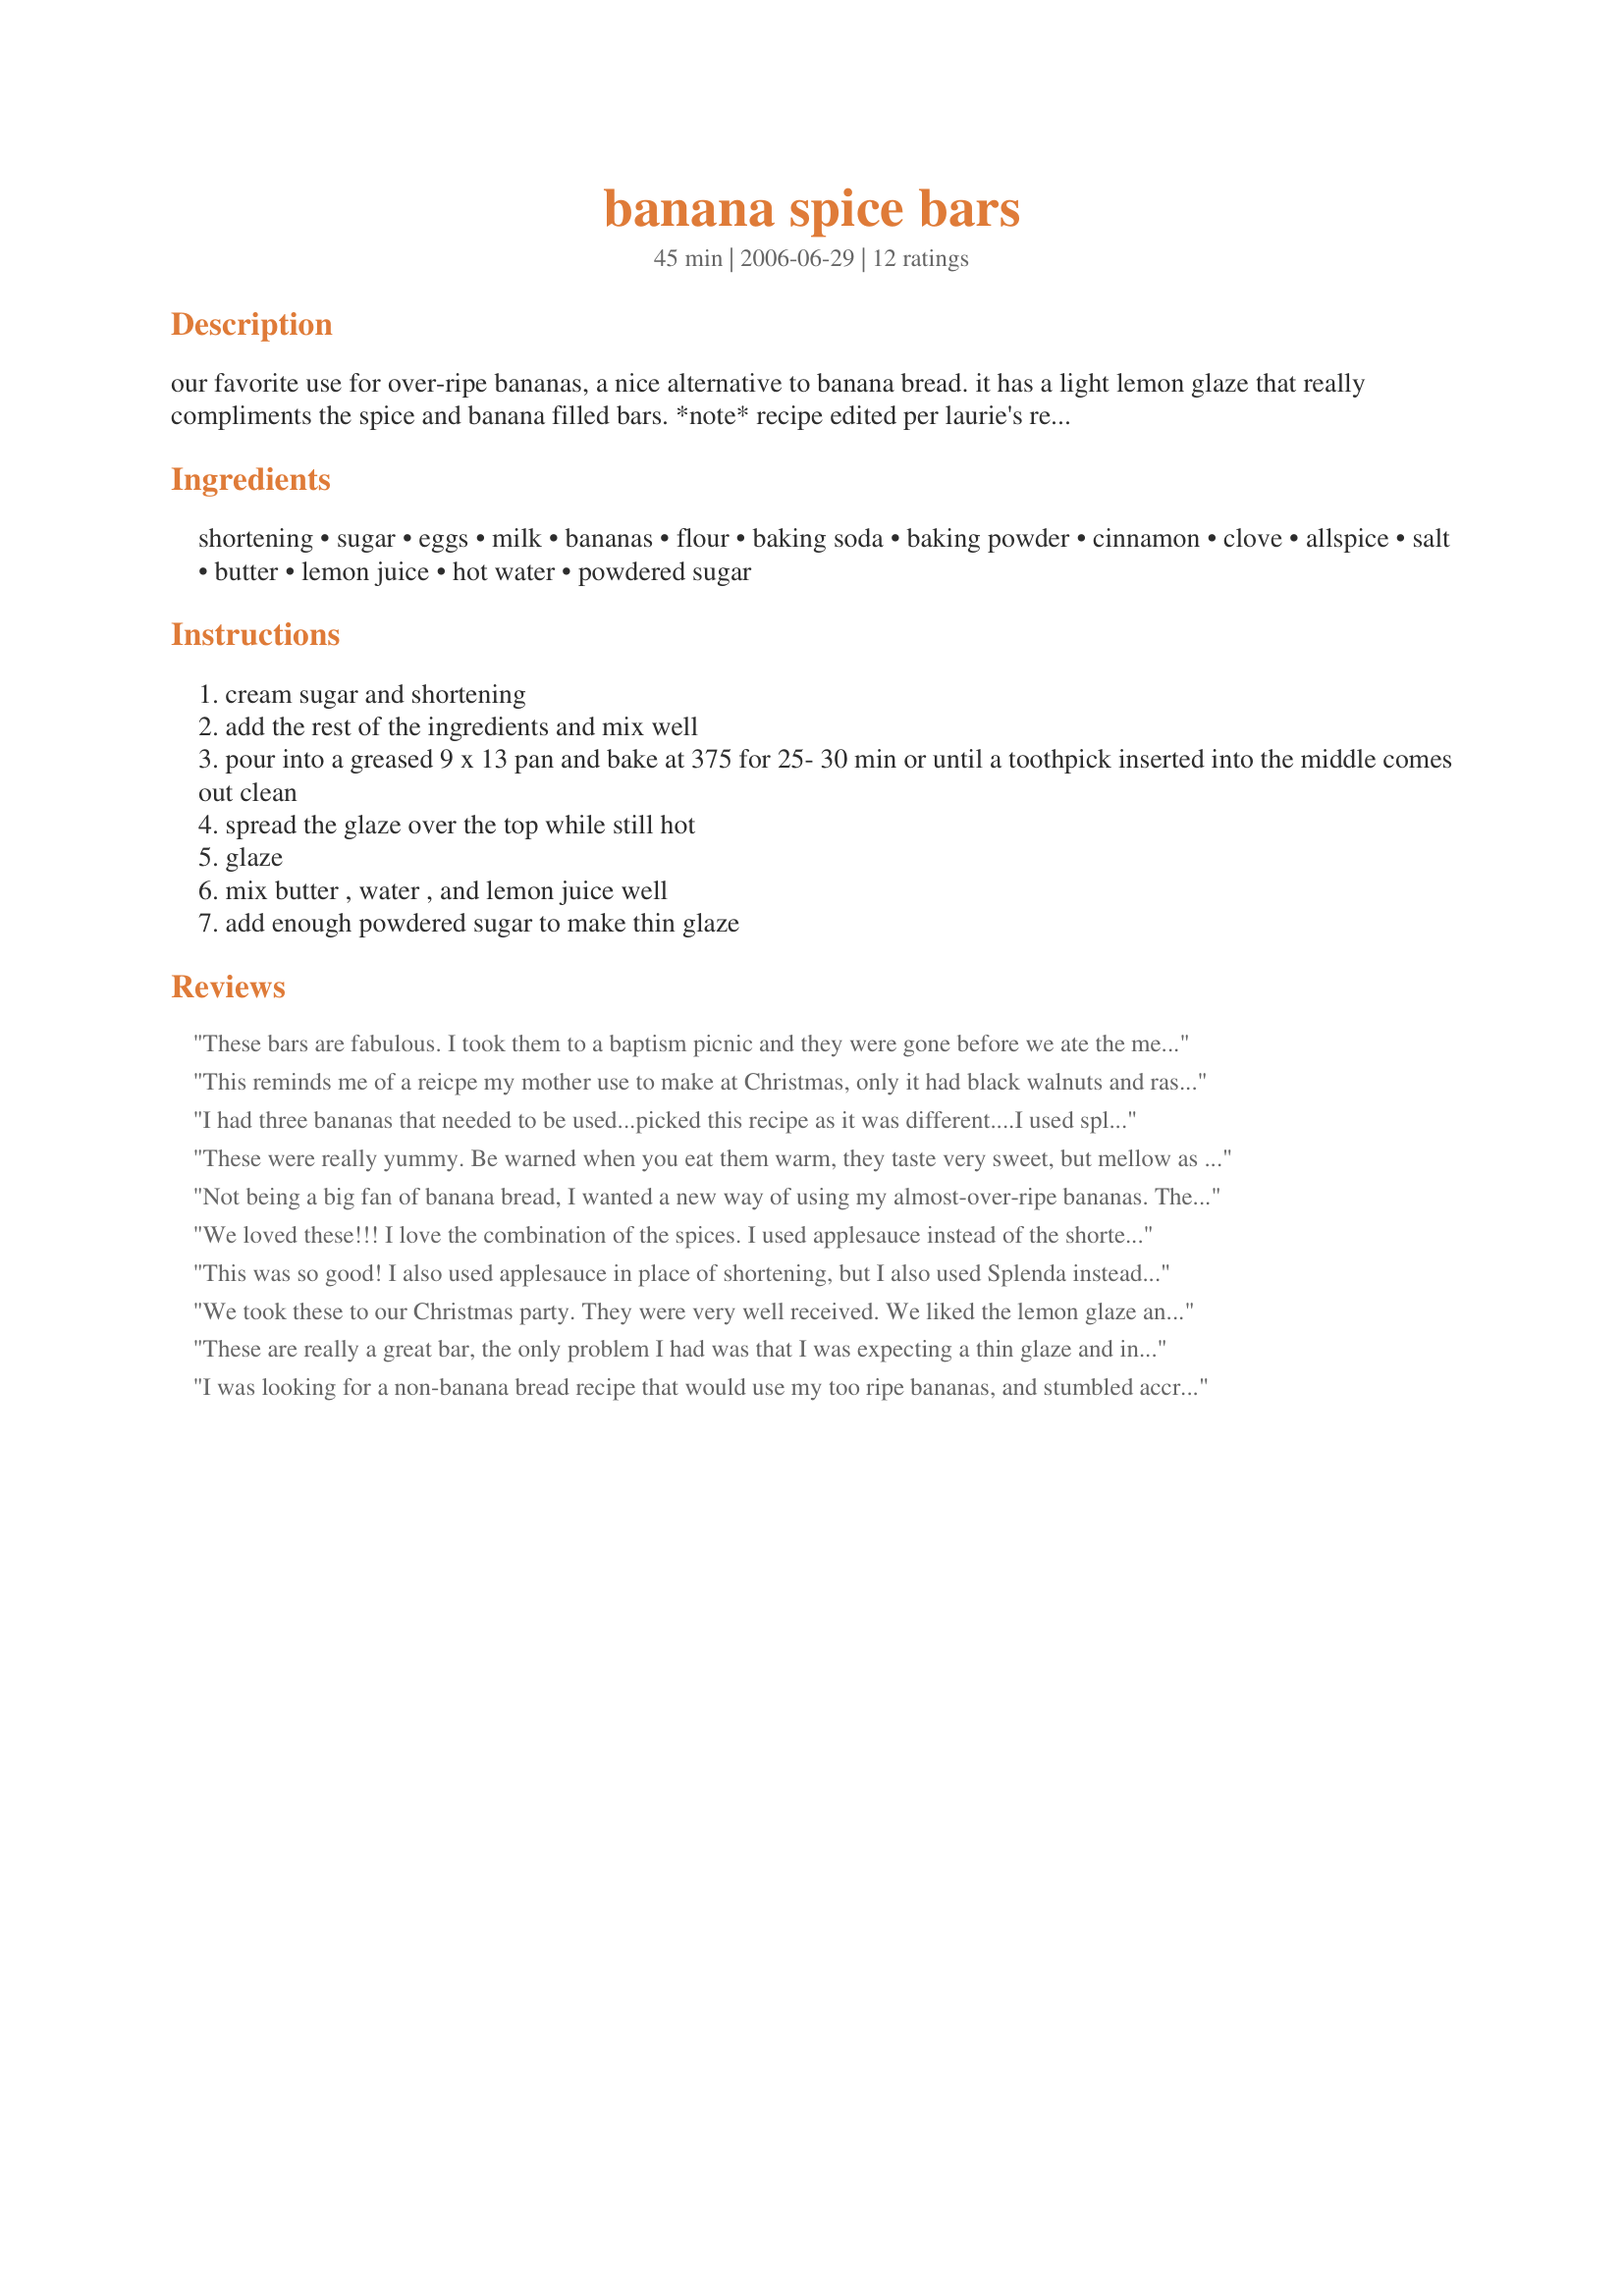
banana spice bars
Preparation time: 45 minutes

our favorite use for over-ripe bananas, a nice alternative to banana bread. it has a light lemon glaze that really compliments the spice and banana filled bars. *note* recipe edited per laurie's review suggestions for the glaze.

Ingredients:
shortening, sugar, eggs, milk, bananas, flour, baking soda, baking powder, cinnamon, clove, allspice, salt, butter, lemon juice, hot water, powdered sugar

Steps:
cream sugar and shortening
add the rest of the ingredients and mix well
pour into a greased 9 x 13 pan and bake at 375 for 25- 30 min or until a toothpick inserted into the middle comes out clean
spread the glaze over the top while still hot
glaze
mix butter , water , and lemon juice well
add enough powdered sugar to make thin glaze

Reviews:
These bars are fabulous. I took them to a baptism picnic and they were gone before we ate the meal. My husband likes them better than banana bread and already asked if I could make them again this week.
This reminds me of a reicpe my mother use to make at Christmas, only it had black walnuts and rasins in it. These were wonderful and will go in my file of keepers. Thanks so much for a wonderful recipe.
I had three bananas that needed to be used...picked this recipe as it was different....I used splendra for baking and made the glaze with speldra too...they turned out fabulous...a real winner of a recipe...
These were really yummy. Be warned when you eat them warm, they taste very sweet, but mellow as they cool. I really loved the texture of these bars, not as dense as a banan bread and not as light as a cake with a wonderful hint of spice. The lemon in the glaze is a nice addition and it took about 3/4 of confectioners sugar for me to get the consistency I desired. My husband really liked these and that means they are a keeper and a fabulous way to use up my overripe bananas. Thank you for a wonderful recipe!
Not being a big fan of banana bread, I wanted a new way of using my almost-over-ripe bananas. The only changes I made to it were minor: substituted 1/4 C of flour w/a 7-grain-flour I've recently become a fan of, did not have allspice so used some fresh grated nutmeg & cut the glaze recipe by half. The result was a perfectly baked cake that was not only easy to throw together but also tasted delicious. Hubby was not too thrilled w/the glaze but that's his personal opinion, I've had about 6 other people taste it compliment it. Thanks for a keeper :-)
We loved these!!! I love the combination of the spices. I used applesauce instead of the shortening and it turned out great!! Will be making these again!!!!!
This was so good! I also used applesauce in place of shortening, but I also used Splenda instead of sugar. The lemon glaze set it off perfectly and everyone just loved it. The only think I may do next time is to add some chopped walnuts for a bit of texture. It is so easy and such a nice way to use up bananas. Thanks akgrown for this new favorite dessert.
We took these to our Christmas party. They were very well received. We liked the lemon glaze and the spices were were right on. Will make these again. Thanks for posting.
These are really a great bar, the only problem I had was that I was expecting a thin glaze and instead I had a thick frosting type topping and a lot of it! I used it but I think that these would be better with just a slight lemony topping not a thick one as the lemon flavor enhanced the spicy bars but the sugary frosting kind of took away from it. Mine also took 40 minutes for the middle to be done. Thanks ak for a great recipe!
I was looking for a non-banana bread recipe that would use my too ripe bananas, and stumbled accross this one. I'm so glad I did. It was easy, wonderfully flavored, the taste of the bananas still comes through. Even my picky non-banana eating child loved it. Thanks so much for sharing this great recipe
These are absolutely wonderful, different from banana bread, cake and muffins. I love the taste and texture. The bar is moist and very tender, full of spicy flavour, with a lovely tart glaze. I cooked the bars for 35 minutes and used about 3/4 of a cup of icing sugar to obtain the thin glaze that we enjoy. Thanks so much for sharing. I will definitely be making these again & again.
Delicious and super easy. I wanted to see how they tasted a day old, but when I woke up to have one with my coffee, they had mysteriously disappeared!!!
